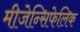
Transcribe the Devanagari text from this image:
मीजेन्सिफेलिक